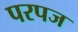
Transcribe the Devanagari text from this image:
परपज